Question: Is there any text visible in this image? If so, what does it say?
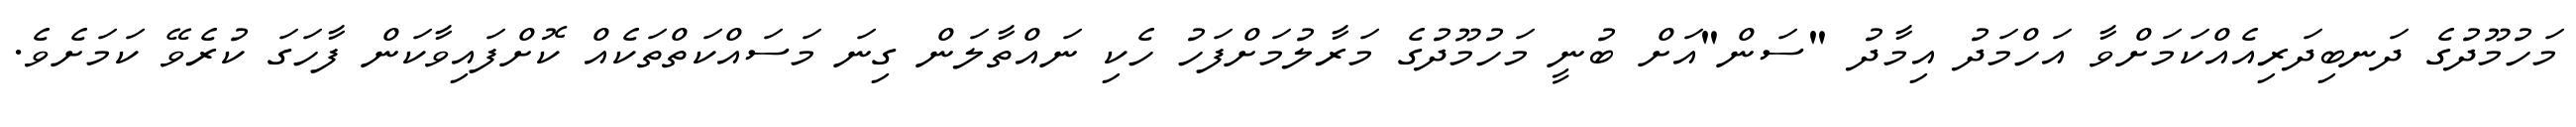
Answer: މަހުމޫދުގެ ދަނބިދަރިއެއްކަމަށްވާ އަހްމަދު އިމާދު "ސަން"އަށް ބުނީ މަހުމޫދުގެ މަރާލުމަށްފަހު ހެކި ނައްތާލަން ގިނަ މަސައްކަތްތަކެއް ކޮށްފައިވާކަން ފާހަގަ ކުރެވޭ ކަމަށެވެ.